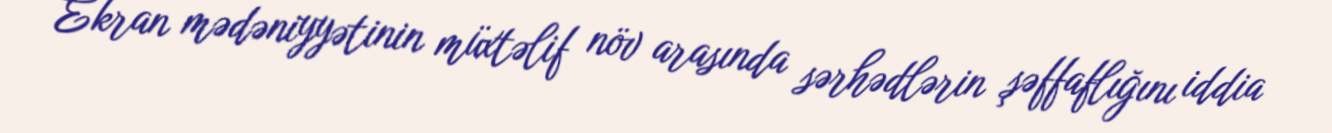
Ekran mədəniyyətinin müxtəlif növ arasında sərhədlərin şəffaflığını iddia